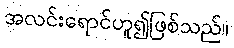
အလင်းရောင်ဟူ၍ဖြစ်သည်။